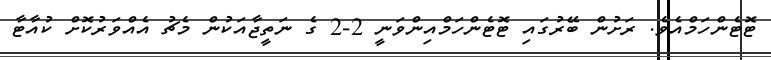
ޓޮޓެންހަމްއެވެ. ރަށުން ބޭރުގައި ޓޮޓެންހަމްއިންވަނީ 2-2 ގެ ނަތީޖާއަކުން މެޗު އެއްވަރުކޮށް ކުއާޓާ